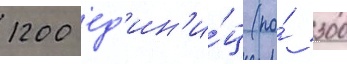
1200 ед'ин'и́ц (по́ 300